Regulations for the medical services of the Army of India
Year: 1930
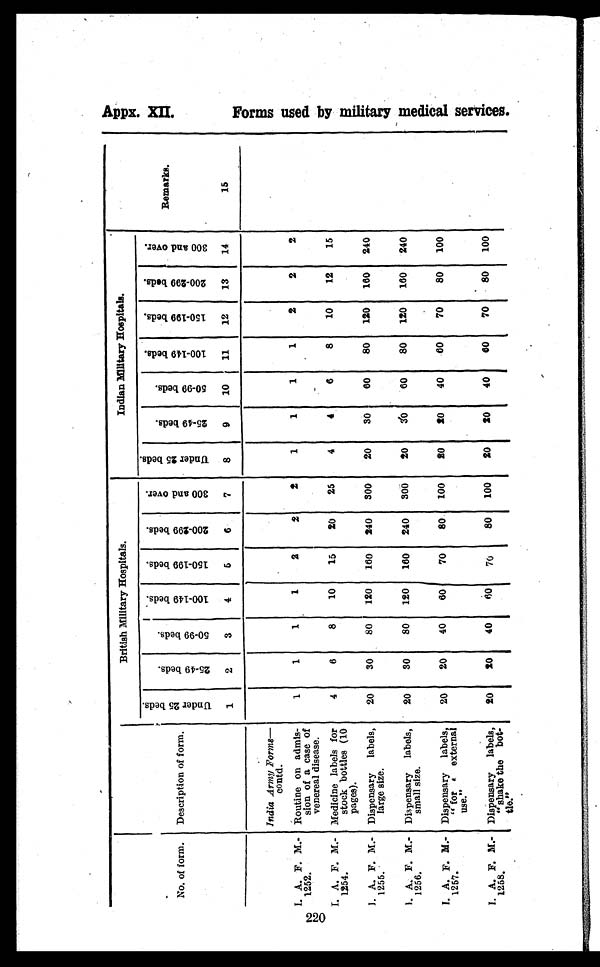
220
No. of form. Description of form.
British Military Hospitals.
Indian Military Hospitals.
Remarks.
15
U n d e r 2 5 b e d s .
1
2 5 - 4 9 b e d s .
2
5 0 - 9 9 b e d s .
3
1 0 0 - 1 4 9 b e d s .
4
1 5 0 - 1 9 9 b e d s .
5
2 0 0 - 2 9 9 b e d s .
6
3 0 0 a n d o v e r .
7
U n d e r 2 5 b e d s .
8
2 5 - 4 9 b e d s .
9
5 0 - 9 9 b e d s .
1 0
1 0 0 - 1 4 9 b e d s .
1 1
1 5 0 - 1 9 9 b e d s .
1 2
2 0 0 - 2 9 9 b e d s .
1 3
3 0 0 a n d o v e r .
1 4
India Army Forms—
contd.
I. A. F. M.-
1252.
Routine on admis-
sion of a case of
venereal disease.
1
1
1
1
2
2
2
1
1
1
1
2
2
2
I. A. F. M.-
1254.
Medicine labels for
stock bottles (10
pages).
4
6
8
10
15
20
25
4
4
6
8
10
12
15
I. A. F. M.-
1255.
Dispensary labels,
large size.
20
30
80 120 160 240 300
20
30
60
80 120 160 240
I. A. F. M.-
1256.
Dispensary labels,
small size.
20
30
80 120 160 240 300
20
30
60
80 120 160 240
I. A. F. M.-
1257.
Dispensary labels,
"for
external
use."
20
20
40
60
70
80 100
20
20
40
60
70
80 100
I. A. F. M.-
1258.
Dispensary labels,
"shake the bot-
tle."
20
20
40
60 70
80 100
20
20
40
60
70
80 100
F o r m s u s e d b y m i l i t a r y m e d i c a l s e r v i c e s .